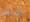
للتو